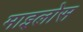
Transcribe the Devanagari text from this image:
माइलोस